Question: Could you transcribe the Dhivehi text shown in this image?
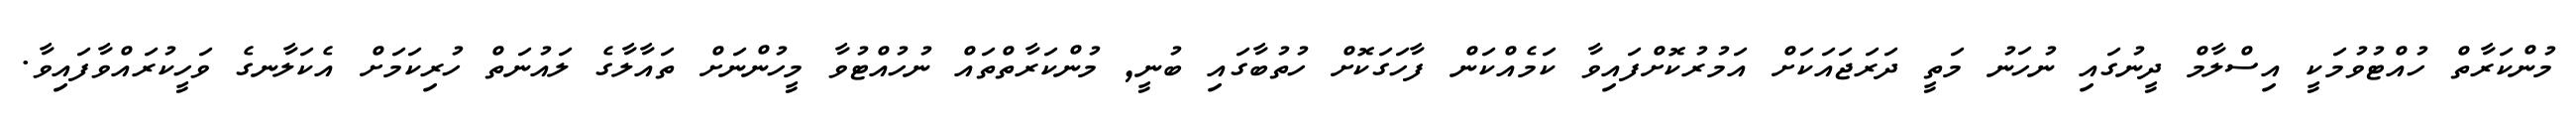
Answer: މުންކަރާތް ހުއްޓުވުމަކީ އިސްލާމް ދީނުގައި ނުހަނު މަތީ ދަރަޖައަކަށް އަމުރުކޮށްފައިވާ ކަމެއްކަން ފާހަގަކޮށް ހުތުބާގައި ބުނީ, މުންކަރާތްތައް ނުހުއްޓުވާ މީހުންނަށް ތައާލާގެ ލައުނަތް ހުރިކަމަށް އެކަލާނގެ ވަހީކުރައްވާފައިވާ.